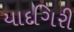
યાદગિરી